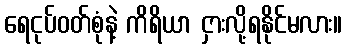
ရေငုပ်ဝတ်စုံနဲ့ ကိရိယာ ငှားလို့ရနိုင်မလား။